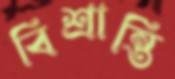
বিশ্রান্তি